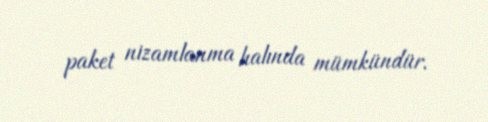
paket nizamlanma halında mümkündür.